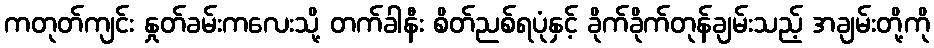
ကတုတ်ကျင်း နှုတ်ခမ်းကလေးသို့ တက်ခါနီး စိတ်ညစ်ရပုံနှင့် ခိုက်ခိုက်တုန်ချမ်းသည့် အချမ်းတို့ကို